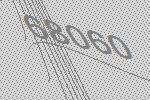
68060